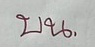
บน